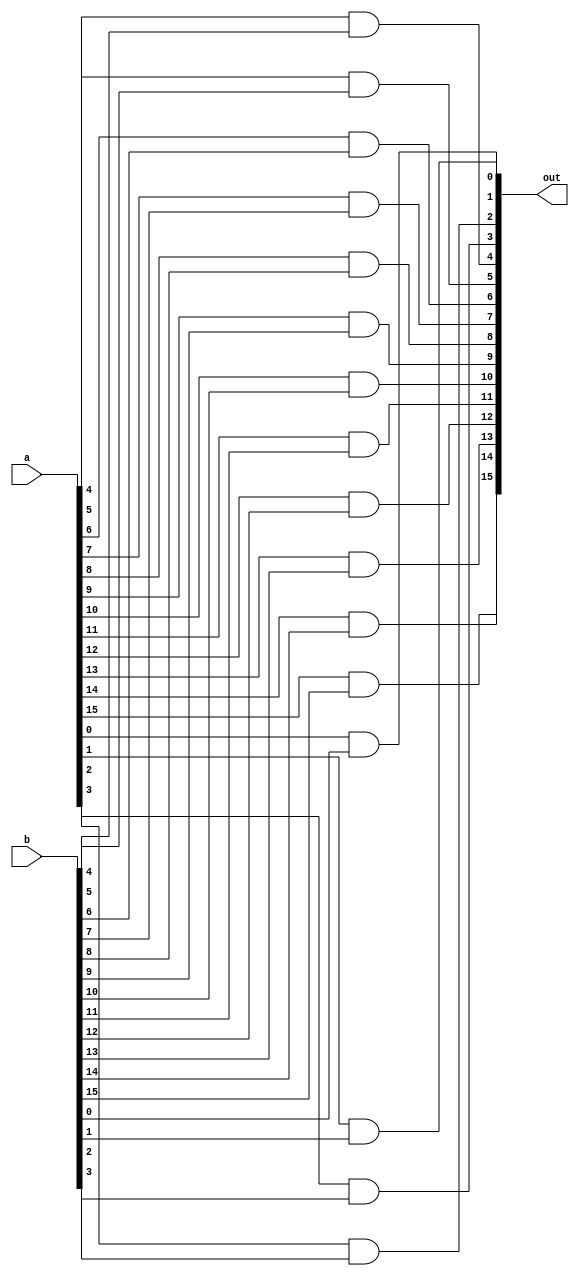
module and16(
				input  [15:0] a,
				input  [15:0] b,
				output [15:0] out);

	and and1( out[0]  , a[0]  , b[0]);
	and and2( out[1]  , a[1]  , b[1]);
	and and3( out[2]  , a[2]  , b[2]);
	and and4( out[3]  , a[3]  , b[3]);
	and and5( out[4]  , a[4]  , b[4]);
	and and6( out[5]  , a[5]  , b[5]);
	and and7( out[6]  , a[6]  , b[6]);
	and and8( out[7]  , a[7]  , b[7]);
	and and9( out[8]  , a[8]  , b[8]);
	and and10(out[9]  , a[9]  , b[9]);
	and and11(out[10] , a[10] , b[10]);
	and and12(out[11] , a[11] , b[11]);
	and and13(out[12] , a[12] , b[12]);
	and and14(out[13] , a[13] , b[13]);
	and and15(out[14] , a[14] , b[14]);
	and and16(out[15] , a[15] , b[15]);
	
endmodule